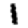
Digit: 1